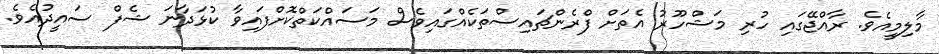
މާލިމީއެވެ. ރާއްޖޭގައި ހުރި މަޝްހޫރު އެތަށް ފްރެންޗައިސްތަކެއްގައިވެސް މަސައްކަތްކޮށްފައިވާ ކުޅަދާނަ ޝެފް ސައީދުއެވެ.